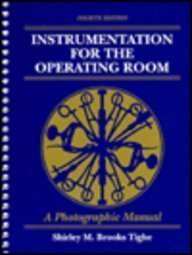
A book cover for Instrumentation for the Operating Room: A Photographic Manual; Shirley M. Brooks Tighe; Medical Books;